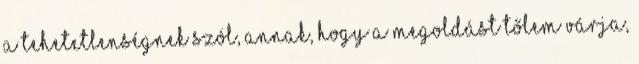
a tehetetlenségnek szól, annak, hogy a megoldást tőlem várja,